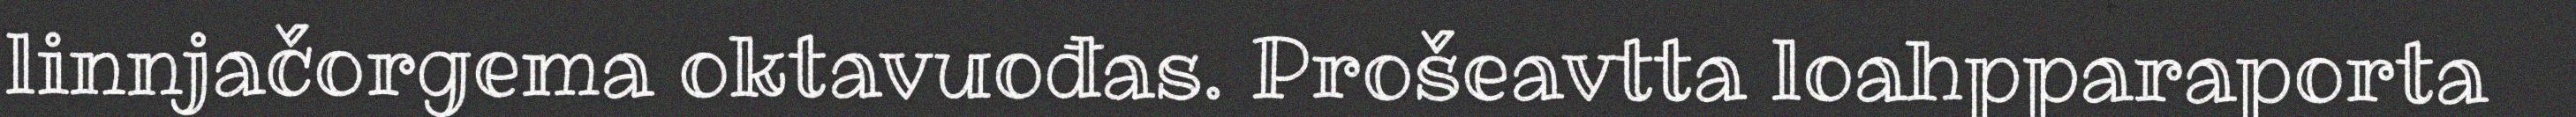
linnjačorgema oktavuođas. Prošeavtta loahpparaporta